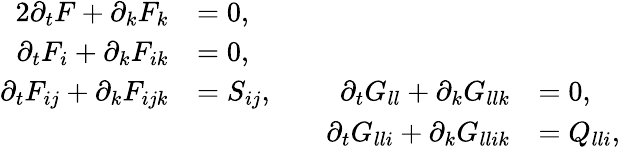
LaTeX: \begin{array}{rlrl}{{2}\partial_{t}F+\partial_{k}F_{k}}&{=0,}&{\quad}&{\quad}\\ {\partial_{t}F_{i}+\partial_{k}F_{ik}}&{=0,}&{\quad}&{\quad}\\ {\partial_{t}F_{ij}+\partial_{k}F_{ijk}}&{=S_{ij},}&{\quad\partial_{t}G_{ll}+\partial_{k}G_{llk}}&{=0,}\\ &{\quad}&{\quad\partial_{t}G_{lli}+\partial_{k}G_{llik}}&{=Q_{lli},}\end{array}